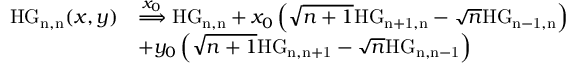
\begin{array} { r l } { \mathrm { H G _ { n , n } } ( x , y ) } & { \overset { x _ { 0 } } { \Longrightarrow } \mathrm { H G _ { n , n } } + x _ { 0 } \left( \sqrt { n + 1 } \mathrm { H G _ { n + 1 , n } } - \sqrt { n } \mathrm { H G _ { n - 1 , n } } \right) } \\ & { + y _ { 0 } \left( \sqrt { n + 1 } \mathrm { H G _ { n , n + 1 } } - \sqrt { n } \mathrm { H G _ { n , n - 1 } } \right) } \end{array}